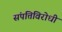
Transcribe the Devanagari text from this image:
संपत्तिविरोधी